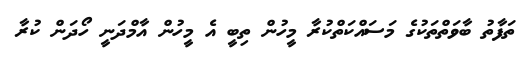
ތަފާތު ބާވަތްތަކުގެ މަސައްކަތްކުރާ މީހުން ތިބީ އެ މީހުން އާމްދަނީ ހޯދަން ކުރާ